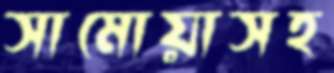
সামোয়াসহ